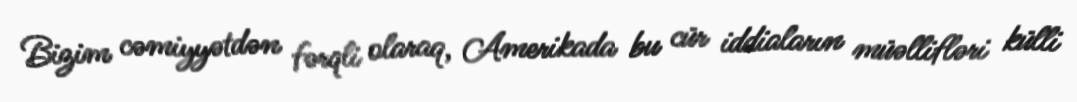
Bizim cəmiyyətdən fərqli olaraq, Amerikada bu cür iddiaların müəllifləri külli